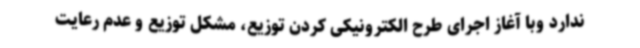
ندارد وبا آغاز اجرای طرح الکترونیکی کردن توزیع، مشکل توزیع و عدم رعایت